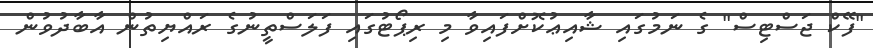
"ފޭކް ޖަސްޓިސް" ގެ ނަމުުގައި ޝާއިޢުކޮށްފައިވާ މި ރިޕޯޓުގައި ފަލަސްތީނުގެ ރައްޔިތުން އާބާދުވުން